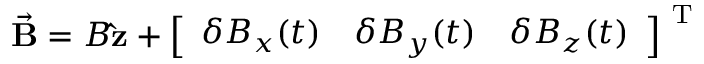
\vec { \mathbf { B } } = B \mathbf { \hat { z } } + \left[ \begin{array} { l l l } { \delta B _ { x } ( t ) } & { \delta B _ { y } ( t ) } & { \delta B _ { z } ( t ) } \end{array} \right] ^ { \mathrm { ~ T ~ } }